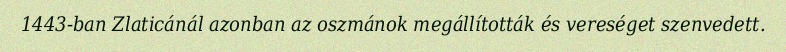
1443-ban Zlaticánál azonban az oszmánok megállították és vereséget szenvedett.